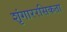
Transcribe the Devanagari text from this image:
शृंगाररसिकता